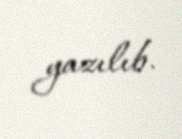
yazılıb.